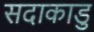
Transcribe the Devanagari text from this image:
सदाकाडु